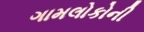
ગામલોકોની